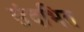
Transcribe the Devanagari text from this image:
संदभित